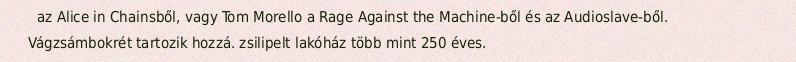
az Alice in Chainsből, vagy Tom Morello a Rage Against the Machine-ből és az Audioslave-ből. Vágzsámbokrét tartozik hozzá. zsilipelt lakóház több mint 250 éves.